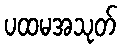
ပထမအသုတ်